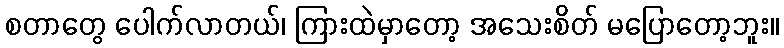
စတာတွေ ပေါက်လာတယ်၊ ကြားထဲမှာတော့ အသေးစိတ် မပြောတော့ဘူး။